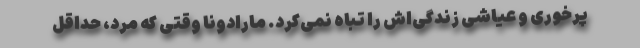
پرخوری و عیاشی زندگی‌اش را تباه نمی‌کرد. مارادونا وقتی که مُرد، حداقل